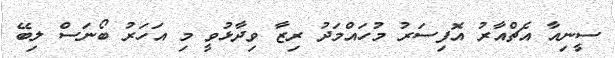
ސީނިއާ އެޗްއާރު އޮފިސަރު މުހައްމަދު ރިޒާ ވިދާޅުވީ މި އަހަރު ބޯނަސް ލިބޭ